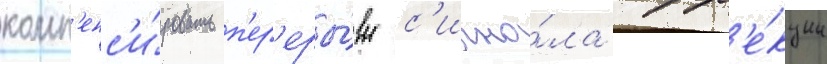
комп'енс'и́ровать п'ер'еры́вы с'игна́ла корр'е́кции